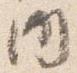
内